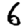
Digit: 6